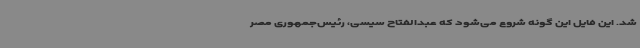
شد. این فایل این گونه شروع می‌شود که عبدالفتاح سیسی، رئیس‌جمهوری مصر